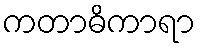
ကတာဓိကာရာ